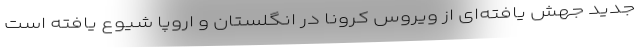
جدید جهش یافته‌ای از ویروس کرونا در انگلستان و اروپا شیوع یافته است